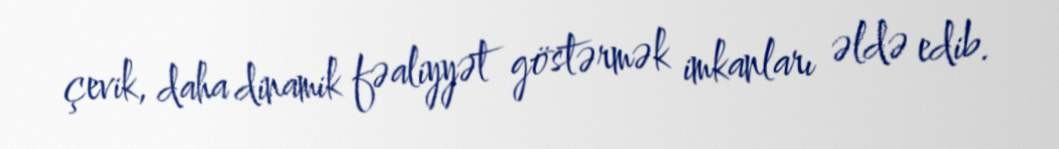
çevik, daha dinamik fəaliyyət göstərmək imkanları əldə edib.